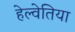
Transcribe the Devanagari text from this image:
हेल्वेतिया